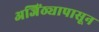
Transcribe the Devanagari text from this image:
अजिंठ्यापासून